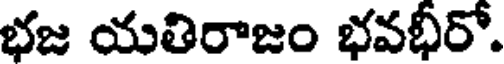
భజ యతిరాజం భవభీరో.